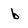
Character: b